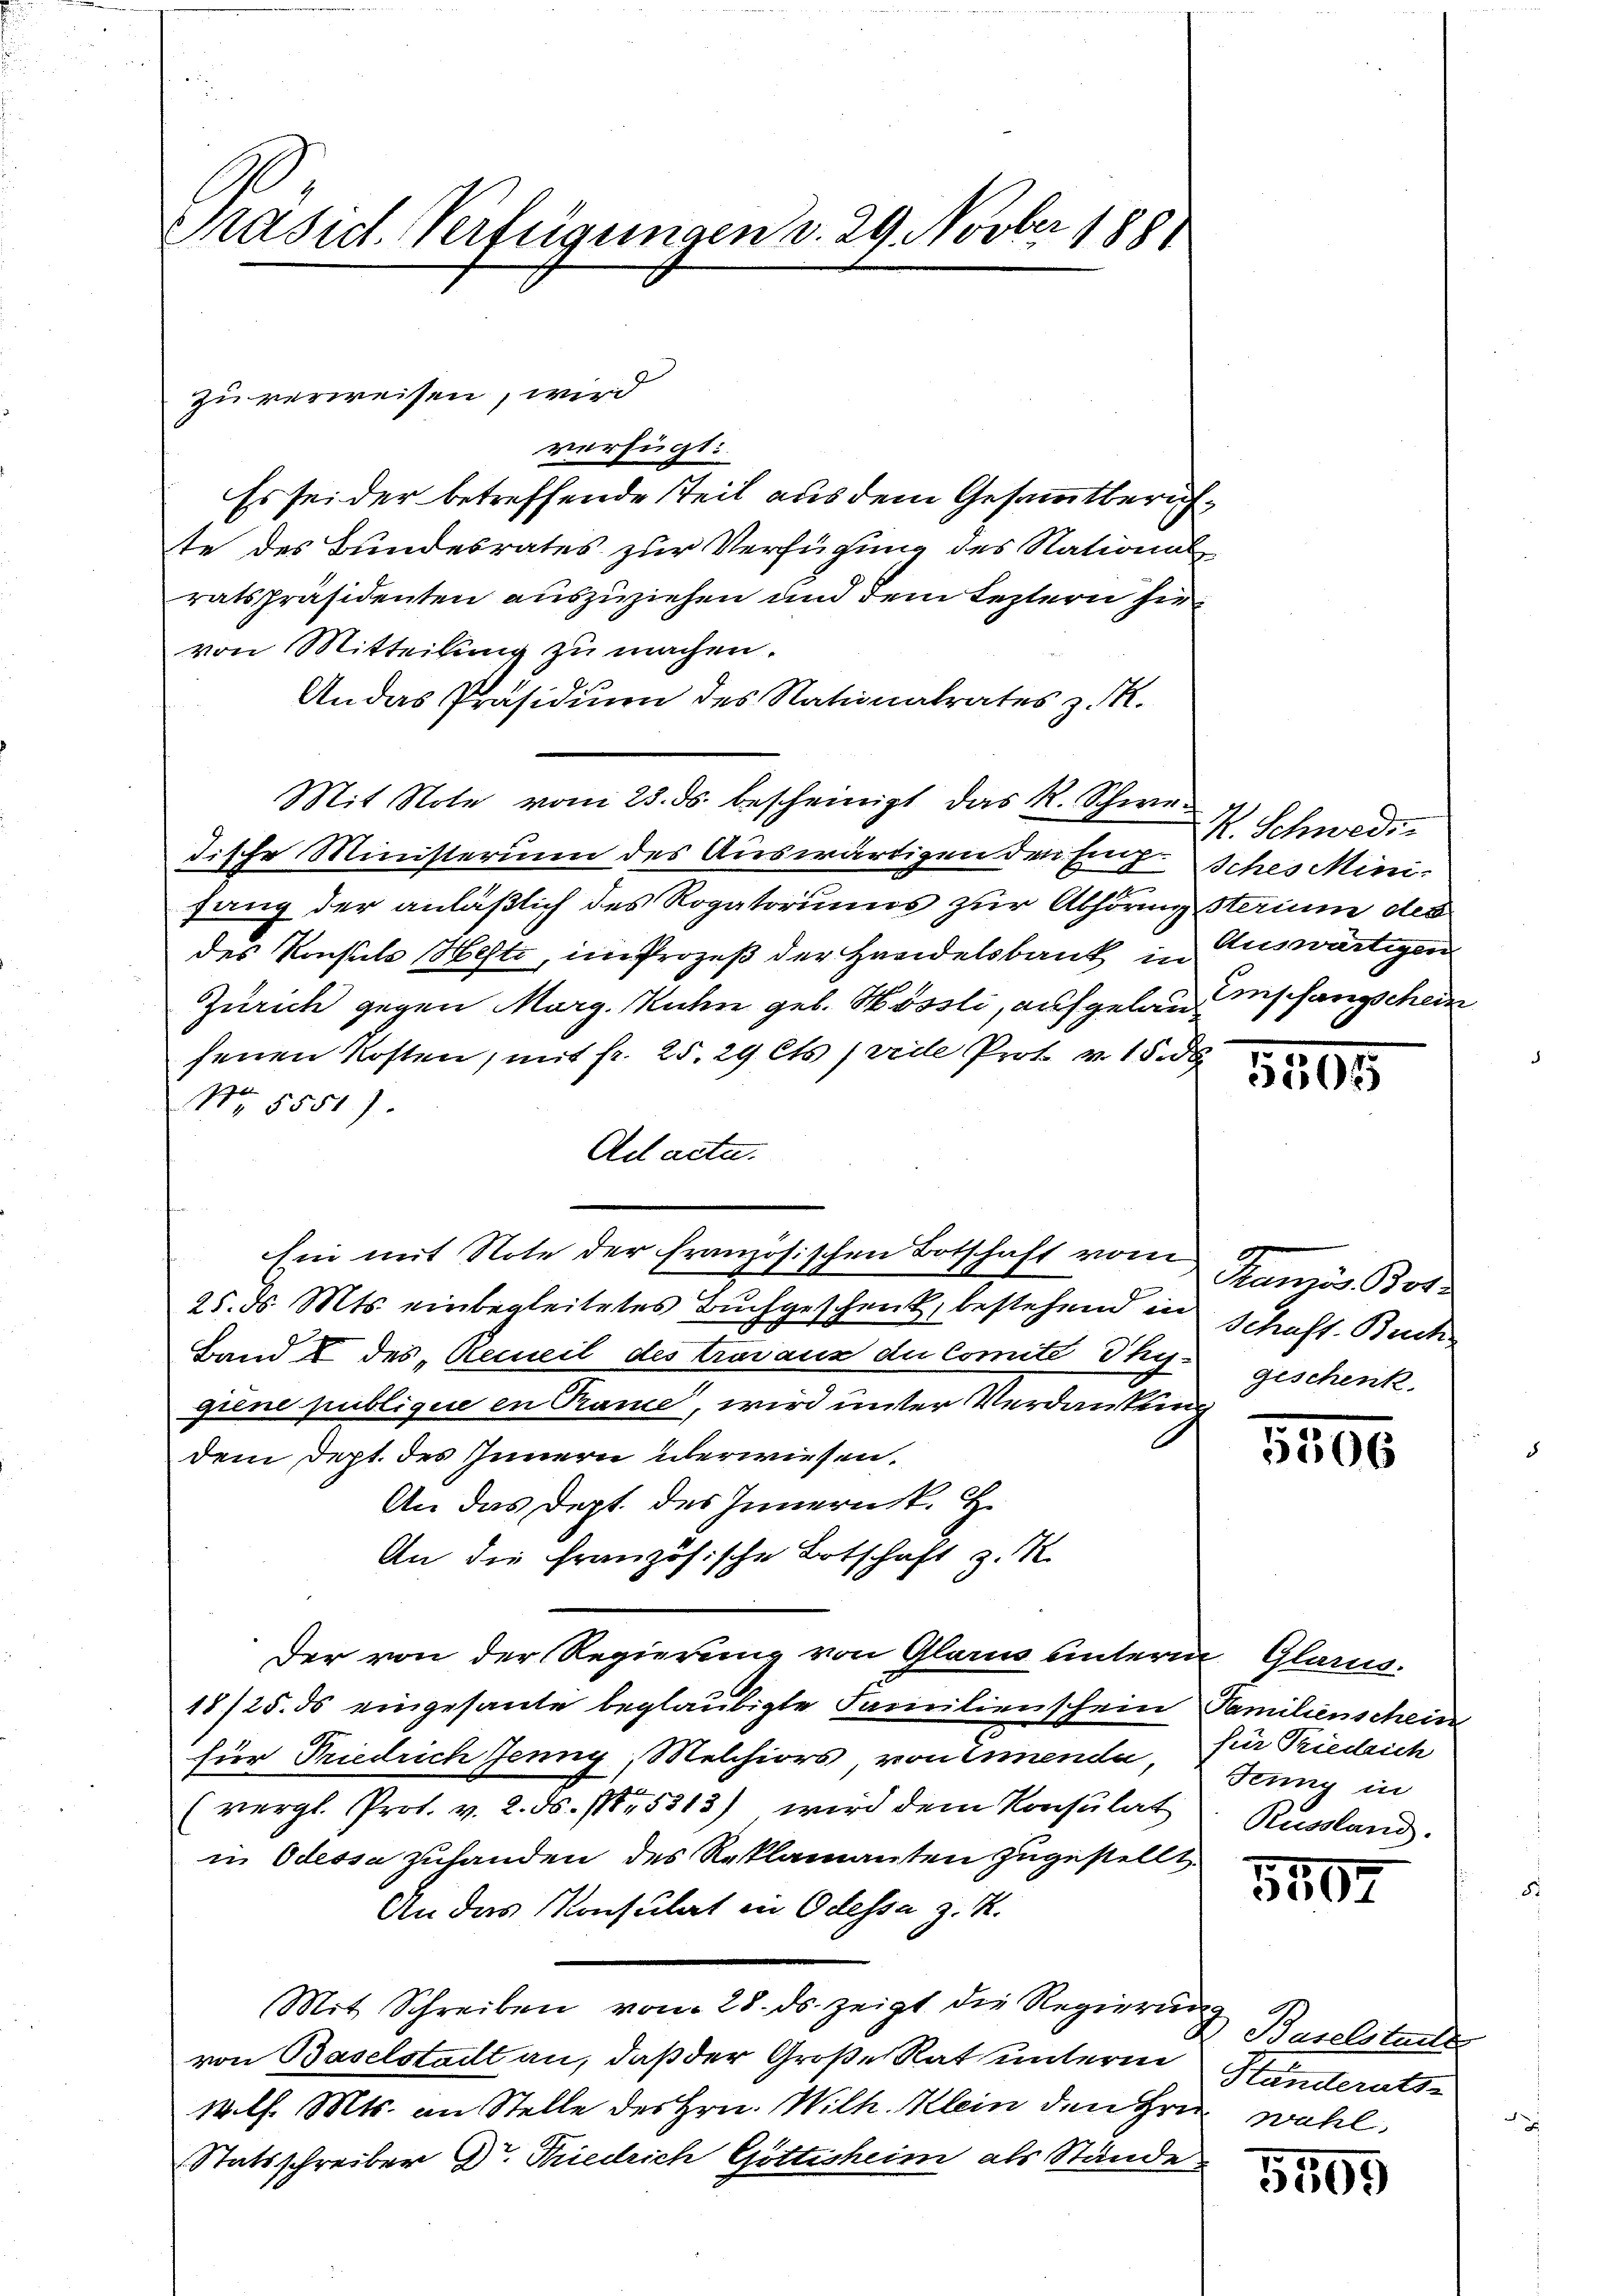
Präsid. Verfügungen v. 29. Novber 1881

verfügt:
Es sei der betreffende Teil aus dem Gesammtberichte des Bundesrates zur Verfügung des National
ratspräsidenten auszuziehen und dem leztern hie
von Mitteilung zu machen.
An das Präsidium des Nationalrates z. R.
Mit Note vom 23. ds. bescheinigt das R. Schwedische Ministerium des Auswärtigen den Entsches Minifang der anläßlich des Rogatoriums zur Abhörmsterium des
des Konsuls Hefte, im Prozeß der Handelsbank in Auswärtigen
Zürich gegen Marg. Kuhn geb. Hössli, aufgelansenen Kosten, mit fr. 25. 29 Cts (weile Prot. v. 18 d
No. 55517.
Ad acta.
Ein mit Note der französischen Botschaft vom
25. d. Mts. einbegleitetes Buchgeschenk, bestehend in
Band I des „Recueil des travaux du Comite Thy-
giene publiquie in Pane, wird unter Verdankung
dem Dept. des Innern überwiesen.
An das Dept. des Innern k. H.
An die französische Botschaft z. R.
Der von der Regierung von Glarus unterm Glarus.
18/25. ds eingesante beglaubigte Familienschein Familienschein
für Friedrich Jenny, Melchiors, von einende, für Priedrich
(vergl. Prof. v. 2. d. 15313) wird dem Konsulat
in Odessa zuhanden des Reklamanten zugestellt.
An das Konsulat in Odessa z. R.
Mit Schreiben vom 28. ds. zeigt die Regierung
von Baselstadt an, daß der Große Rat unterm Standeratswill. Mts. an Stelle des Hrn. Wilh. Klein den Hrn. wähl
Statsschreiber Dr. Tiedrich Göttisheim als Stände

zu verweisen, wird

R. Schwede
Empfangschein

3805

Französ. Boss
Schaft- Buch
geschenk

8100

Jeung in
Russland.

1507

Baselstadts

1495